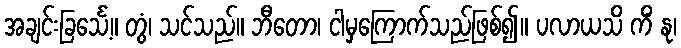
အချင်းခြင်္သေ့။ တွံ၊ သင်သည်။ ဘီတော၊ ငါမှကြောက်သည်ဖြစ်၍။ ပလာယသိ ကိံ နု၊